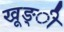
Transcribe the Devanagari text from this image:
खूङ्ी